Annual report on the Civil Veterinary Department, Burma (including the Insein Veterinary School) - 1923-1931
Year: 1923
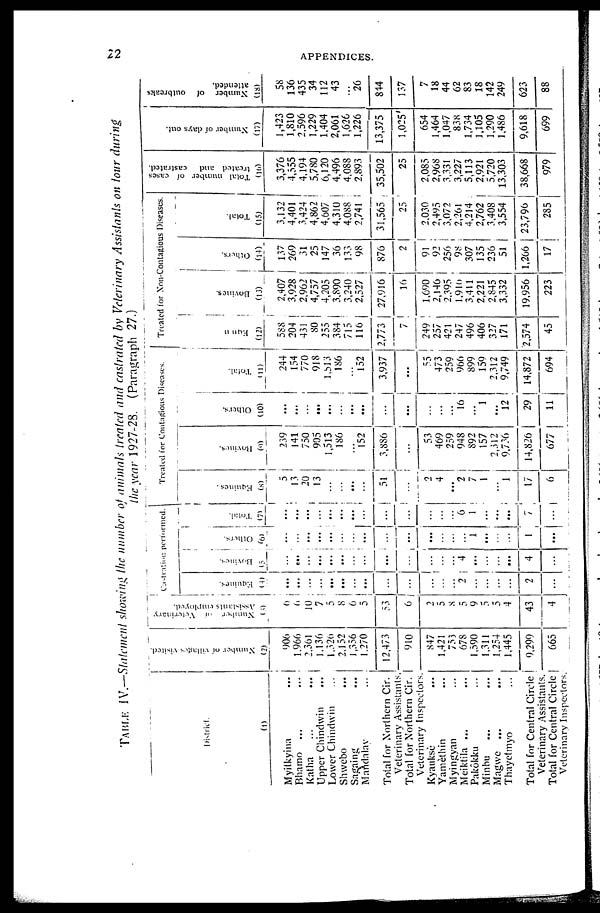
22
APPENDICES.
TABLE IV.—Statement showing the number of animals treated and castrated by Veterinary Assistants on tour during
the year 1927-28. (Paragraph 27.)
District.
(1)
Myitkyina ...
Bhamo ... ...
Katha ... ...
Upper Chindwin ...
Lower Chindwin ...
Shwebo ...
Sagaing ...
Mandalay ...
Total for Northern Cir.
Veterinary Assistants.
Total for Northern Cir.
Veterinary Inspectors.
Kyauksè ...
Yamèthin ...
Myingyan ...
Meiktila ... ...
Pakôkku ...
Minbu ... ...
Magwe ... ...
Thayetmyo
...
Total for Central Circle
Veterinary Assistants.
Total for Central Circle
Veterinary Inspectors.
Number of villages visited.
(2)
906
1,966
2,361
1,136
1,326
2,152
1,356
1,270
12,473
910
847
1,421
753
678
1,590
1,311
1,254
1,445
9,299
665
Number of Veterinary
Assistants employed.
(3)
6
6
10
7
5
8
6
5
53
6
2
5
8
5
9
5
5
4
43
4
Castration performed.
Equines.
(4)
...
...
...
...
...
...
...
...
...
...
...
...
...
2
...
...
...
...
2
...
Bovines.
(5
...
...
...
...
...
...
...
...
...
...
...
...
...
4
...
...
...
...
4
...
Others.
(6)
...
...
...
...
...
...
...
...
...
...
...
...
...
...
1
...
...
...
1
...
Total.
(7)
...
...
...
...
...
...
...
...
...
...
...
...
...
6
1
...
...
...
7
...
Treated for Contagious Diseases.
Equines.
(8)
5
13
20
13
...
...
...
...
51
...
2
4
...
2
7
1
...
1
17
6
Bovines.
(9)
239
141
750
905
1,513
186
...
152
3,886
...
53
469
259
948
892
157
2,312
9,736
14,826
677
Others.
(10)
...
...
...
...
...
...
...
...
...
...
...
...
...
16
...
1
...
12
29
11
Total.
(11)
244
154
770
918
1,513
186
...
152
3,937
...
55
473
259
966
899
159
2,312
9,749
14,872
694
Treated for Non-Contagious Diseases.
Equ n
(12)
588
204
431
80
255
384
715
116
2,773
7
249
257
421
247
496
406
327
171
2,574
45
Bovines.
(13)
2,407
3,928
2,962
4,757
4,205
3,890
3,240
2,527
27,916
16
1,690
2,146
2,395
1,910
3,411
2,221
2,845
3,332
19,956
223
Others.
(14)
137
269
31
25
147
36
133
98
876
2
91
92
256
98
307
135
236
51
1,266
17
Total.
(15)
3,132
4,401
3,424
4,862
4,607
4,310
4,088
2,741
31,565
25
2,030
2,495
3,072
2,261
4,214
2,762
3,408
3,554
23,796
285
Total number of cases
treated and
castrated.
(16)
3,376
4,555
4,194
5,780
6,120
4,496
4,088
2,893
35,502
25
2,085
2,968
3,331
3,227
5,113
2,921
5,720
13,303
38,668
979
Number of days out.
(17)
1,423
1,810
2,596
1,229
1,404
2,061
1,626
1,226
13,375
1,025
654
1,464
1,047
838
1,734
1,105
1,290
1,486
9,618
699
Number of outbreaks
attended.
(18)
58
136
435
34
112
43
26
844
137
7
18
44
62
83
18
142
249
623
88